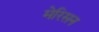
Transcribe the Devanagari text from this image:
मेरिसन